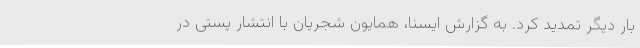
بار دیگر تمدید کرد. به گزارش ایسنا، همایون شجریان با انتشار پستی در